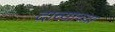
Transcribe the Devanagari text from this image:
दाव्याच्या